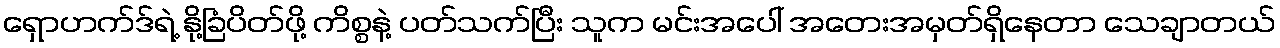
ရှောဟက်ဒ်ရဲ့ နို့ခြံပိတ်ဖို့ ကိစ္စနဲ့ ပတ်သက်ပြီး သူက မင်းအပေါ် အတေးအမှတ်ရှိနေတာ သေချာတယ်